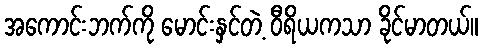
အကောင်းဘက်ကို မောင်းနှင်တဲ့ ဝီရိယကသာ ခိုင်မာတယ်။